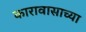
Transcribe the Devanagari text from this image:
कारावासाच्या